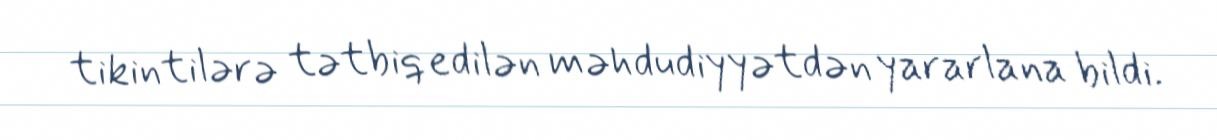
tikintilərə tətbiq edilən məhdudiyyətdən yararlana bildi.